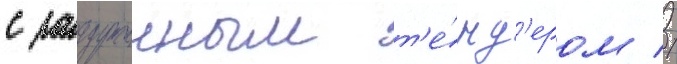
с загруженным т'е́нд'ером //